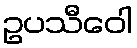
ဥပသီဝေါ